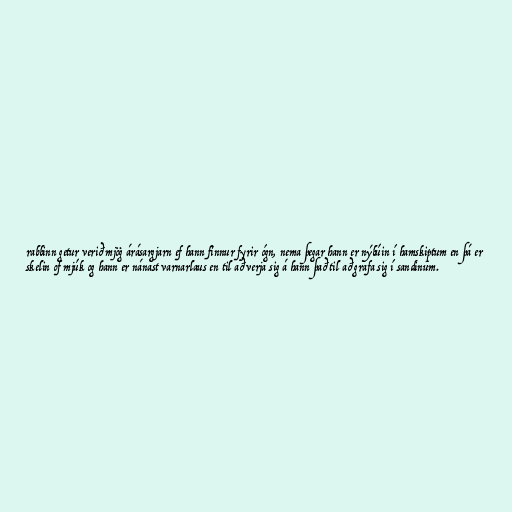
rabbinn getur verið mjög árásargjarn ef hann finnur fyrir ógn, nema þegar hann er nýbúin í hamskiptum en þá er
skelin of mjúk og hann er nánast varnarlaus en til að verja sig á hann það til að grafa sig í sandinum.